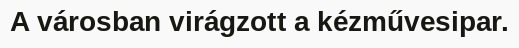
A városban virágzott a kézművesipar.